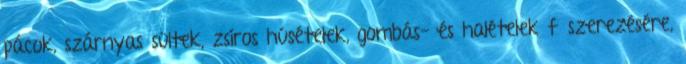
pácok, szárnyas sültek, zsíros húsételek, gombás- és halételek fűszerezésére,